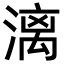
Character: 漓